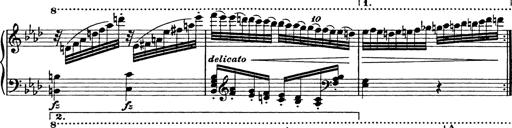
Title: 8 Variations
Composer: Franz Liszt
Key: A-flat major